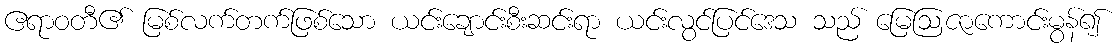
ဧရာဝတီ၏ မြစ်လက်တက်ဖြစ်သော ယင်းချောင်းစီးဆင်းရာ ယင်းလွင်ပြင်ဒေသ သည် မြေဩဇာကောင်းမွန်၍